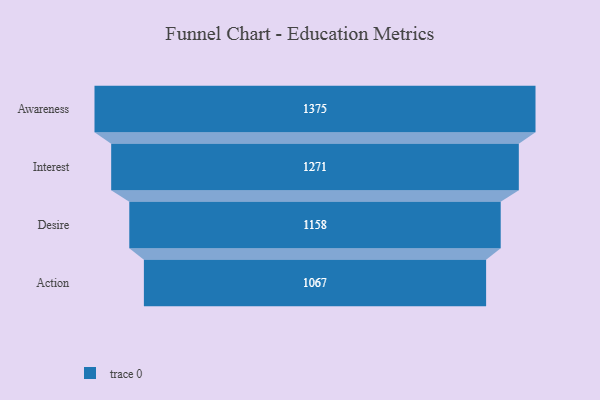
{"axis": {"x": "Stage", "y": "Value"}, "legend": [""], "data": [{"x": "Awareness", "y": 1375.0, "type": ""}, {"x": "Interest", "y": 1271.0, "type": ""}, {"x": "Desire", "y": 1158.0, "type": ""}, {"x": "Action", "y": 1067.0, "type": ""}]}